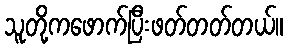
သူတို့ကဖောက်ပြီးဖတ်တတ်တယ်။